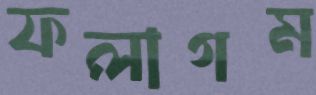
ফলাগম